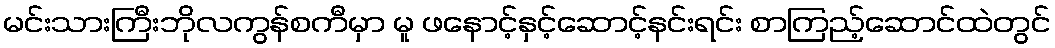
မင်းသားကြီးဘိုလကွန်စကီမှာ မူ ဖနောင့်နှင့်ဆောင့်နင်းရင်း စာကြည့်ဆောင်ထဲတွင်